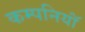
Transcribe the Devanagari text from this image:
कम्पनियॉं